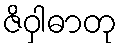
ဇိဝှါဓာတု